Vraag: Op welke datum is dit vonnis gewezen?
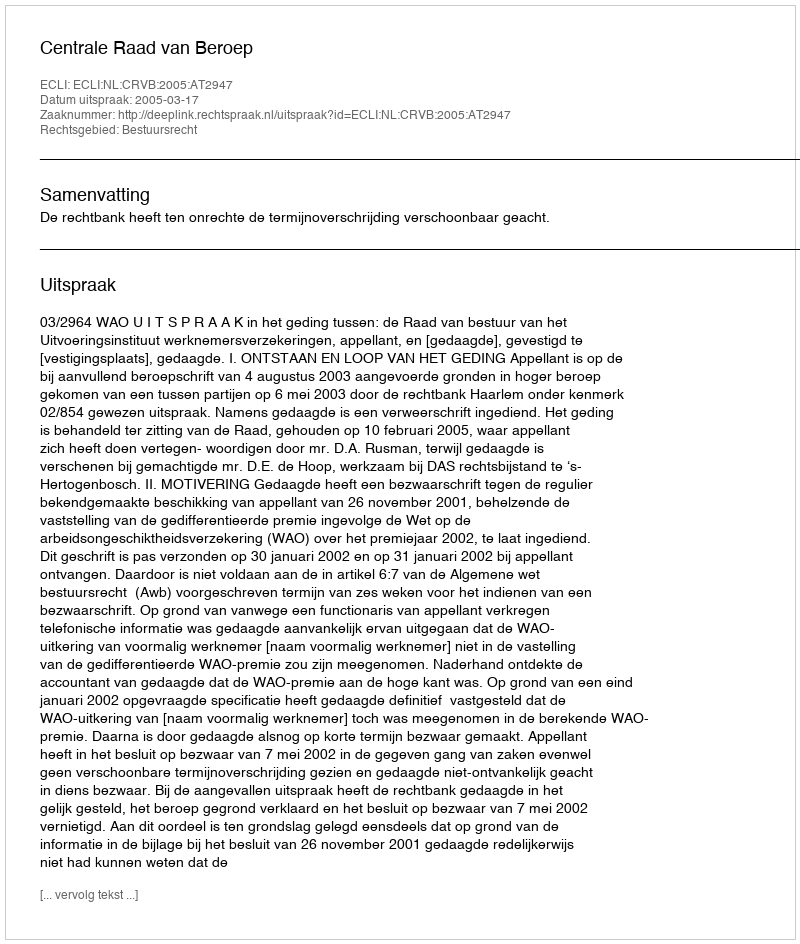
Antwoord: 2005-03-17